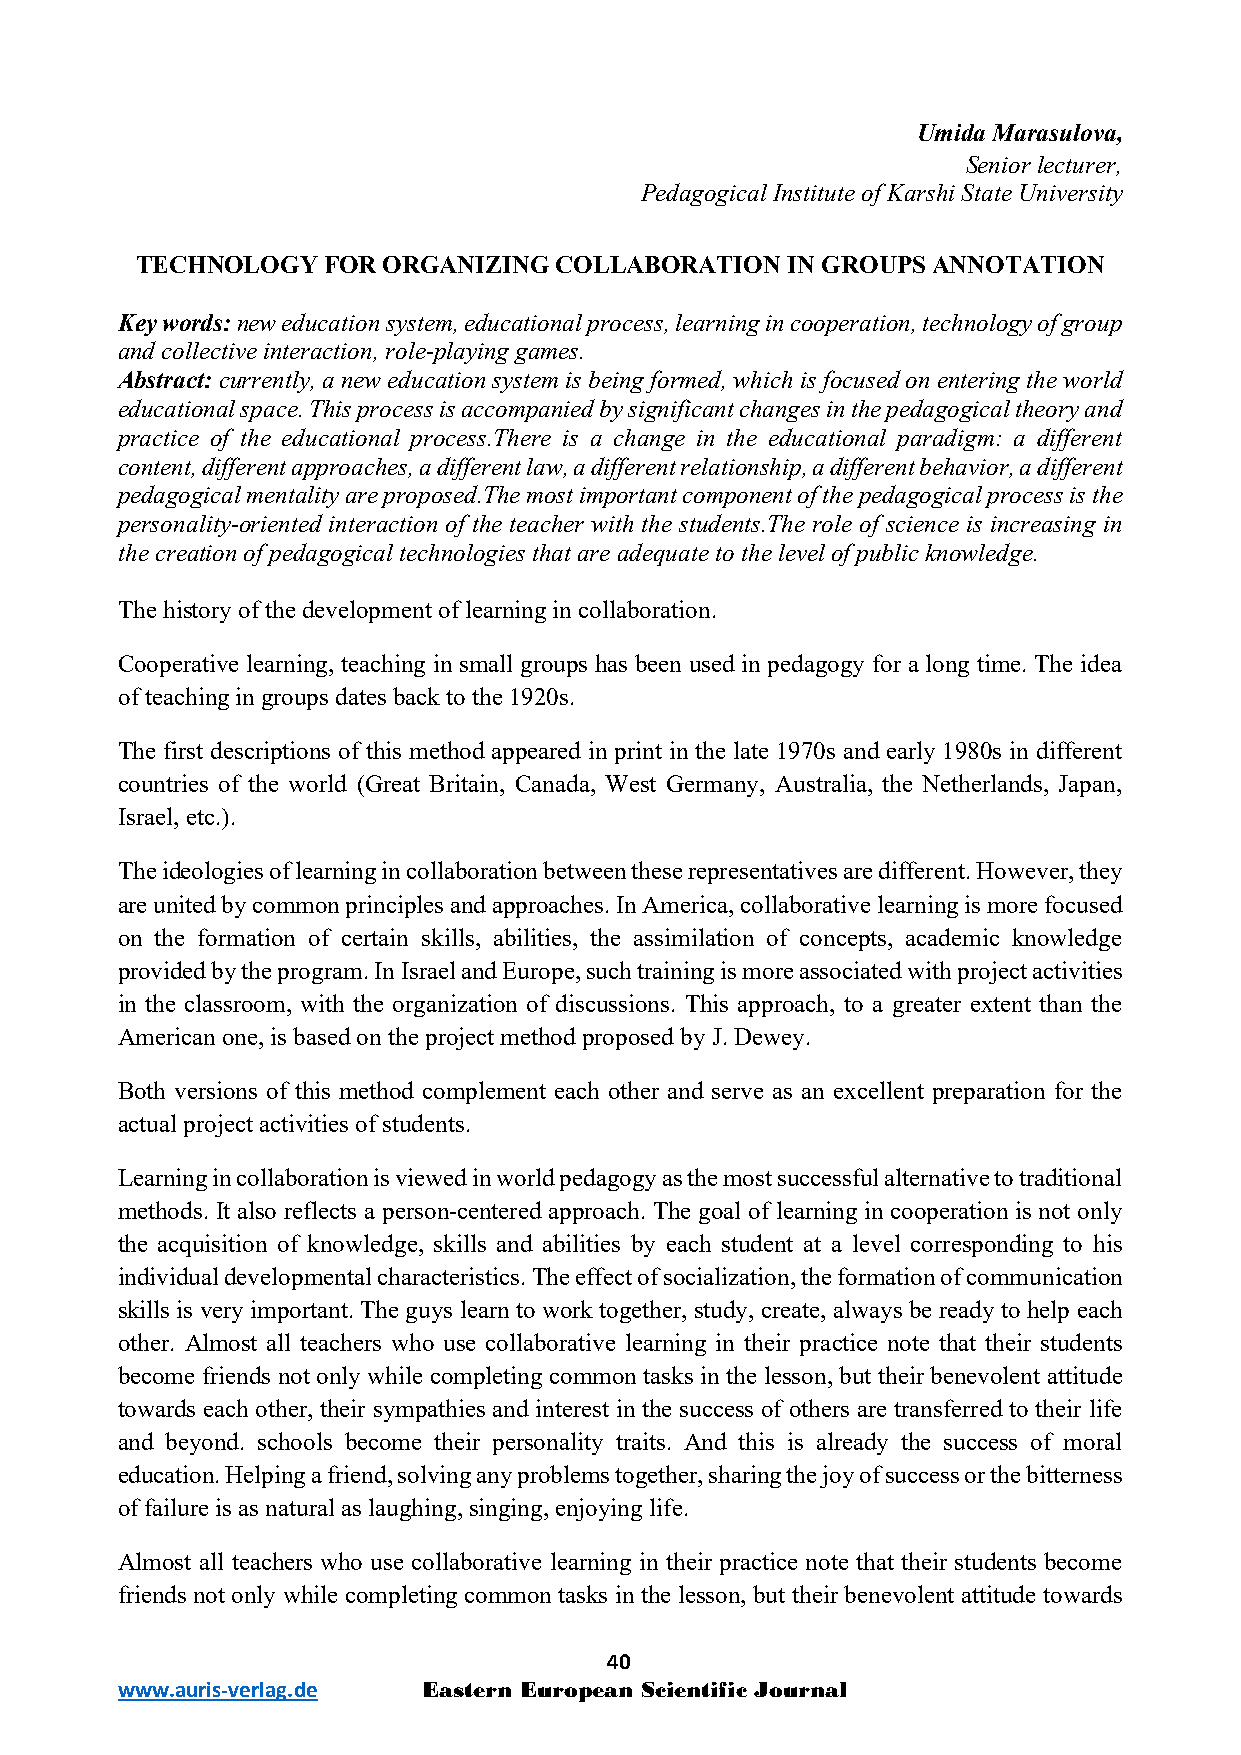
Umida Marasulova,
 Senior lecturer,
 Pedagogical Institute of Karshi State University
 TECHNOLOGY  FOR ORGANIZING  COLLABORATION  IN GROUPS ANNOTATION
 Key words: new education system, educational process, learning in cooperation, technology of group
 and collective interaction, role-playing games.
 Abstract: currently, a new education system is being formed, which is focused on entering the world
 educational space. This process is accompanied by significant changes in the pedagogical theory and
 practice of the educational process.There is a change in the educational paradigm: a different
 content, different approaches, a different law, a different relationship, a different behavior, a different
 pedagogical mentality are proposed.The most important component of the pedagogical process is the
 personality-oriented interaction of the teacher with the students.The role of science is increasing in
 the creation of pedagogical technologies that are adequate to the level of public knowledge.
 The history of the development of learning in collaboration.
 Cooperative learning, teaching in small groups has been used in pedagogy for a long time. The idea
 of teaching in groups dates back to the 1920s.
 The first descriptions of this method appeared in print in the late 1970s and early 1980s in different
 countries of the world (Great Britain, Canada, West Germany, Australia, the Netherlands, Japan,
 Israel, etc.).
 The ideologies of learning in collaboration between these representatives are different. However, they
 are united by common principles and approaches. In America, collaborative learning is more focused
 on the formation of certain skills, abilities, the assimilation of concepts, academic knowledge
 provided by the program. In Israel and Europe, such training is more associated with project activities
 in the classroom, with the organization of discussions. This approach, to a greater extent than the
 American one, is based on the project method proposed by J. Dewey.
 Both versions of this method complement each other and serve as an excellent preparation for the
 actual project activities of students.
 Learning in collaboration is viewed in world pedagogy as the most successful alternative to traditional
 methods. It also reflects a person-centered approach. The goal of learning in cooperation is not only
 the acquisition of knowledge, skills and abilities by each student at a level corresponding to his
 individual developmental characteristics. The effect of socialization, the formation of communication
 skills is very important. The guys learn to work together, study, create, always be ready to help each
 other. Almost all teachers who use collaborative learning in their practice note that their students
 become friends not only while completing common tasks in the lesson, but their benevolent attitude
 towards each other, their sympathies and interest in the success of others are transferred to their life
 and beyond. schools become their personality traits. And this is already the success of moral
 education. Helping a friend, solving any problems together, sharing the joy of success or the bitterness
 of failure is as natural as laughing, singing, enjoying life.
 Almost all teachers who use collaborative learning in their practice note that their students become
 friends not only while completing common tasks in the lesson, but their benevolent attitude towards
 40
 www.auris-verlag.de Eastern European Scientific Journal